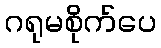
ဂရုမစိုက်ပေ